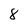
Character: 8